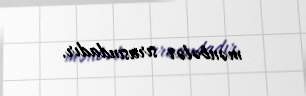
mənbələr sırasındadır.